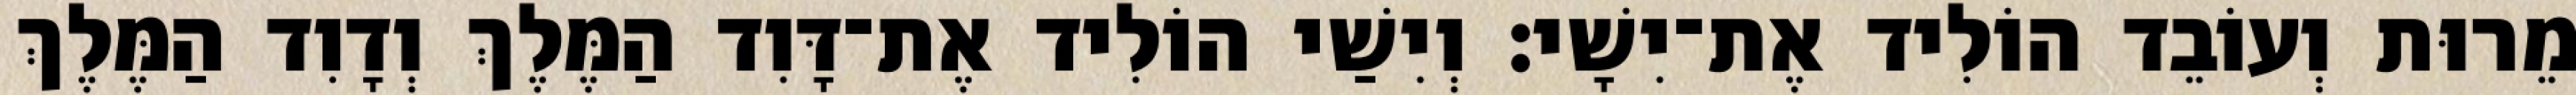
מֵרוּת וְעוֹבֵד הוֹלִיד אֶת־יִשָׁי׃ וְיִשַׁי הוֹלִיד אֶת־דָּוִד הַמֶּלֶךְ וְדָוִד הַמֶּלֶךְ